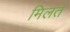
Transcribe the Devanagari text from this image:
मिलते